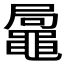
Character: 𪓩